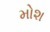
મોશ